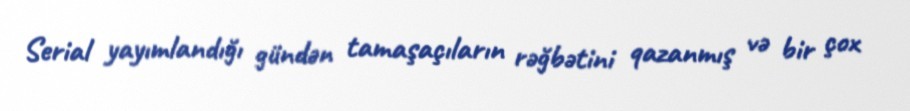
Serial yayımlandığı gündən tamaşaçıların rəğbətini qazanmış və bir çox